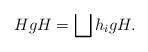
LaTeX: \begin{align*}HgH=\bigsqcup h_i g H.\end{align*}